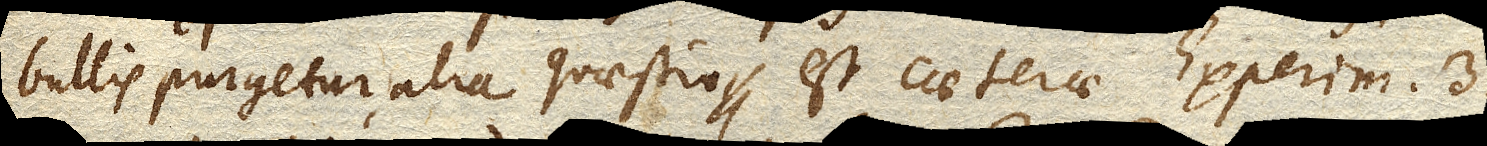
bullis purgetur, alia quaestio est, caeterae Experim. 3.